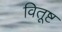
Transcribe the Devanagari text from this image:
वितूष्ट